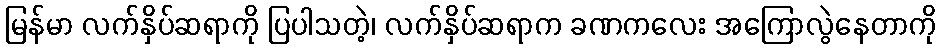
မြန်မာ လက်နှိပ်ဆရာကို ပြပါသတဲ့၊ လက်နှိပ်ဆရာက ခဏကလေး အကြောလွဲနေတာကို